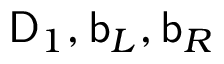
\mathsf { D } _ { 1 } , \mathsf { b } _ { L } , \mathsf { b } _ { R }